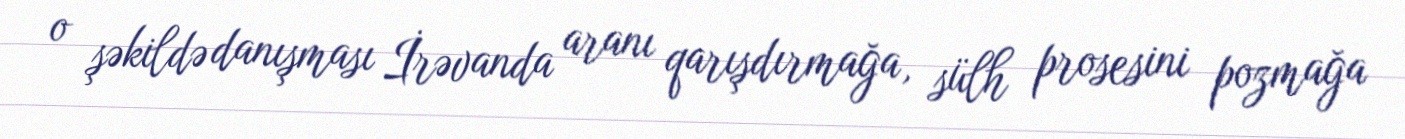
o şəkildə danışması İrəvanda aranı qarışdırmağa, sülh prosesini pozmağa